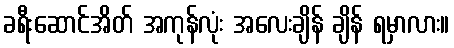
ခရီးဆောင်အိတ် အကုန်လုံး အလေးချိန် ချိန် ရမှာလား။